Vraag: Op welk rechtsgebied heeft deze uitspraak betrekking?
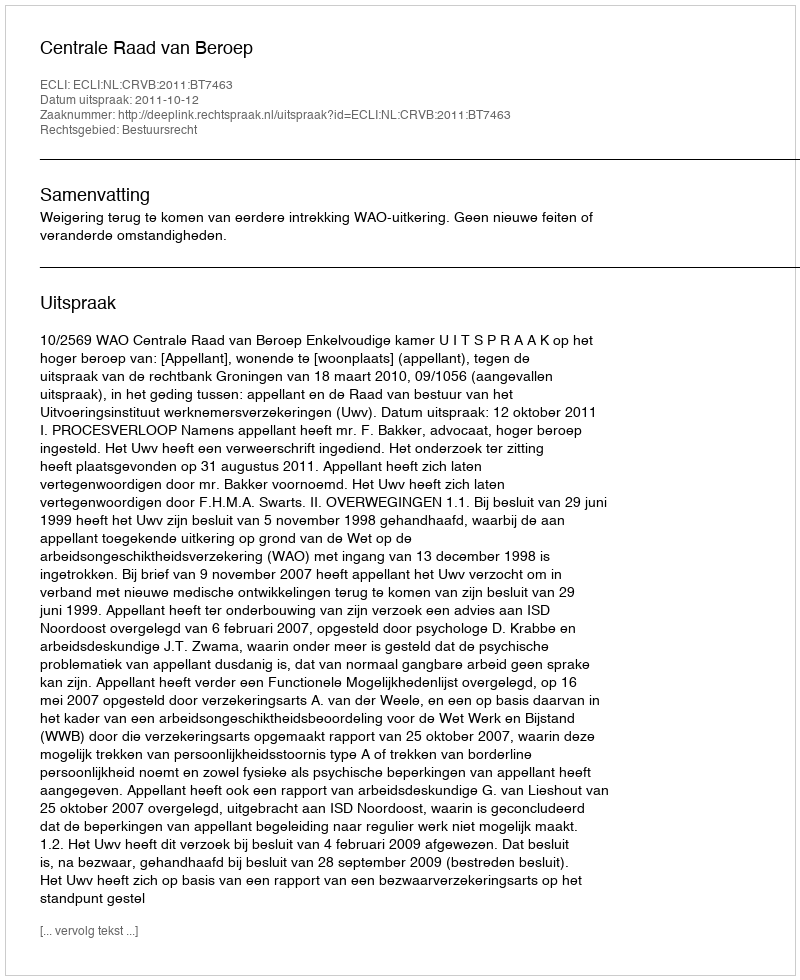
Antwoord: Bestuursrecht